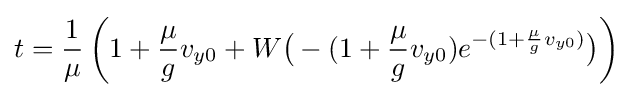
t={\frac {1}{\mu }}\left(1+{\frac {\mu }{g}}v_{y0}+W{\bigl (}-(1+{\frac {\mu }{g}}v_{y0})e^{-(1+{\frac {\mu }{g}}v_{y0})}{\bigr )}\right)